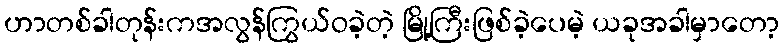
ဟာတစ်ခါတုန်းကအလွန်ကြွယ်ဝခဲ့တဲ့ မြို့ကြီးဖြစ်ခဲ့ပေမဲ့ ယခုအခါမှာတော့